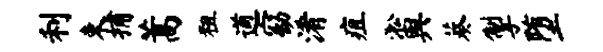
利束捕蒿粗遒窈淆疽淞舆葵掣堕